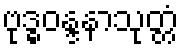
ဗုဒ္ဓဝန္ဒနာသုတ္တံ